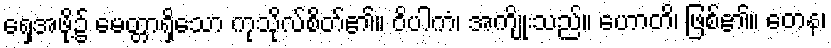
ရှေအဖို့၌ မေတ္တာရှိသော ကုသိုလ်စိတ်၏။ ဝိပါကံ၊ အကျိုးသည်။ ဟောတိ၊ ဖြစ်၏။ တေန၊